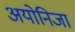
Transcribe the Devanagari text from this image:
अयोनिजा